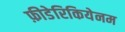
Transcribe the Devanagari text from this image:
फ़ीडेरिकियेनम